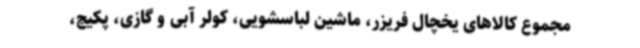
مجموع کالاهای یخچال فریزر، ماشین لباسشویی، کولر آبی و گازی، پکیج،